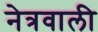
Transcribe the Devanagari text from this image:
नेत्रवाली